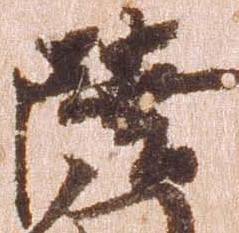
陸